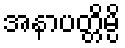
အနာပတ္တိမ္ပိ